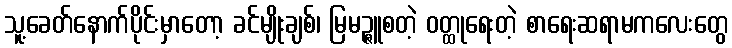
သူ့ခေတ်နောက်ပိုင်းမှာတော့ ခင်မျိုးချစ်၊ မြမဉ္ဇူစတဲ့ ဝတ္ထုရေးတဲ့ စာရေးဆရာမကလေးတွေ